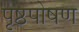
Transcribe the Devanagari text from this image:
पृष्ठपोषण